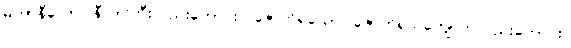
မဟာနီလော၊ နီလာကြီးလည်းကောင်း။ ဇောတိရသော၊ ဇောတိရသ်ကျောက်လည်းကောင်း။